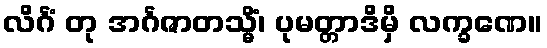
လိင်္ဂံ တု အင်္ဂဇာတသ္မိံ၊ ပုမတ္တာဒိမှိ လက္ခဏေ။